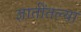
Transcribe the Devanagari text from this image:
ज्ञातींतल्या